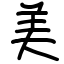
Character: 美